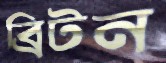
ব্রিটন